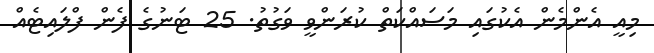
މިއީ އެންމެން އެކުގައި މަސައްކަތް ކުރަންވީ ވަގުތު. 25 ޓަނުގެ ފެން ފްލައިޓެއް